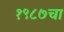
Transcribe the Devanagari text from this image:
१९८७चा